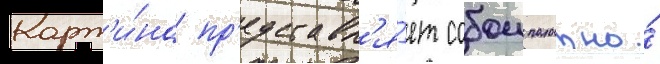
Карт'и́на пр'едставл'я́ет собои полотно́